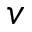
v